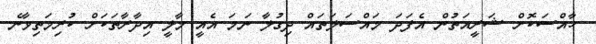
ހާއްސަކޮށް ޝަރީއަތުން އެފަދަ މައްސަލަތައް ދިގުލާ ނަމަ އެއީ މާލީ އިދާރާތަކަށް ކުރިމަތިވާނެ